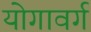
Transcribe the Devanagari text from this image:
योगावर्ग